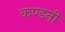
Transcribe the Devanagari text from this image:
कण्डनी